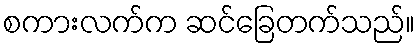
စကားလက်က ဆင်ခြေတက်သည်။